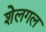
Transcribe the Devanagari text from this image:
शेलगल